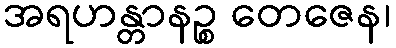
အရဟန္တာနဉ္စ တေဇေန၊